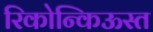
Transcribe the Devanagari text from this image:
रिकोन्किऊस्त